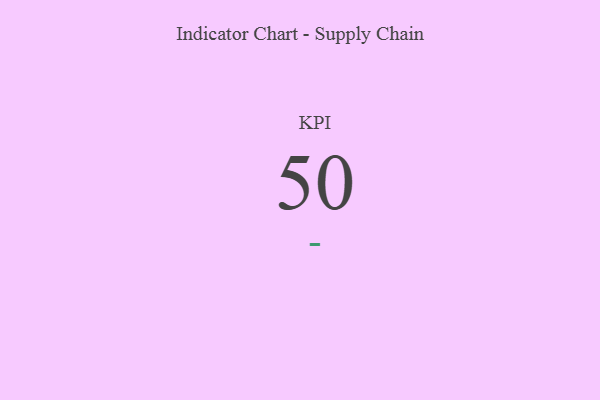
{"axis": {"x": "KPI", "y": "Value"}, "legend": [""], "data": [{"x": "KPI", "y": 50, "type": ""}]}